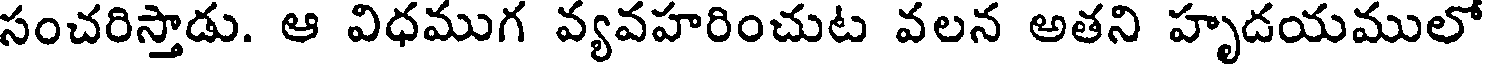
సంచరిస్తాడు. ఆ విధముగ వ్యవహరించుట వలన అతని హృడయములో